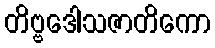
တိဗ္ဗဒေါသဇာတိကော